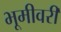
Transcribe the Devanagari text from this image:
भूमीवरी